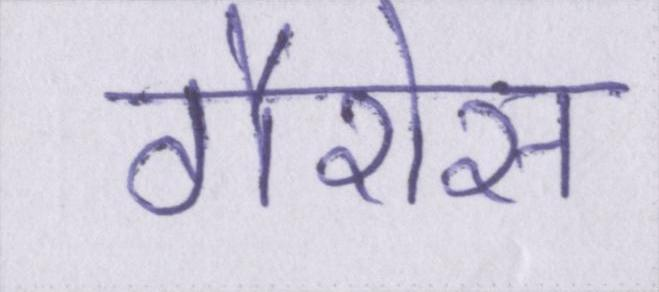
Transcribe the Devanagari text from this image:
गैरोस